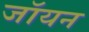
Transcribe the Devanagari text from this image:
जॉयन